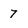
Character: 7